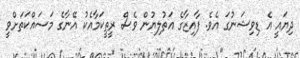
ދިޔައީ އެ ޑިވިޝަނުގަ އެވެ. ފާއިޒާގެ އަތުލިޔުން ވެސް ރީތީކަމާއެކު އޭނާގެ މަސައްކަތަށްވީ